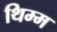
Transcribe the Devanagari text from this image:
थिम्म